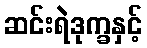
ဆင်းရဲဒုက္ခနှင့်